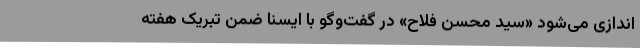
اندازی می‌شود «سید محسن فلاح» در گفت‌وگو با ایسنا ضمن تبریک هفته